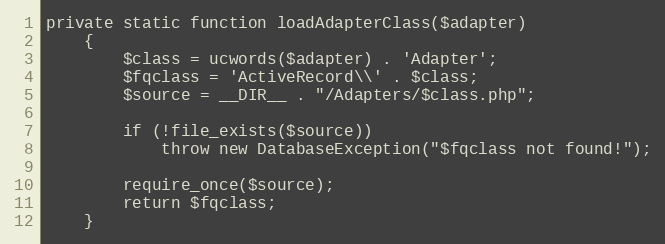
Language: PHP
private static function loadAdapterClass($adapter)
	{
		$class = ucwords($adapter) . 'Adapter';
		$fqclass = 'ActiveRecord\\' . $class;
		$source = __DIR__ . "/Adapters/$class.php";

		if (!file_exists($source))
			throw new DatabaseException("$fqclass not found!");

		require_once($source);
		return $fqclass;
	}